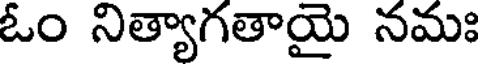
ఓం నిత్యాగతాయై నమః